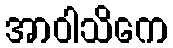
အာဝါသိကေ